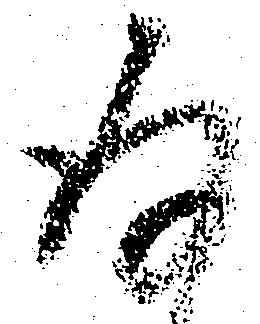
存